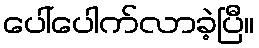
ပေါ်ပေါက်လာခဲ့ပြီ။